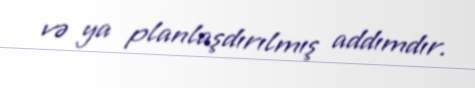
və ya planlaşdırılmış addımdır.